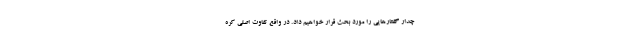
چدار گفتارهایی را مورد بحث قرار خواهیم داد. در واقع تفاوت اصلی کره